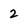
Character: 2